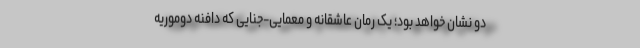
دو نشان خواهد بود؛ یک رمان عاشقانه و معمایی-جنایی که دافنه دوموریه